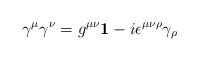
\begin{align*}\gamma^\mu \gamma^\nu = g^{\mu\nu}{\bf 1}-i\epsilon^{\mu\nu\rho}\gamma_\rho\end{align*}